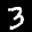
Label: 3